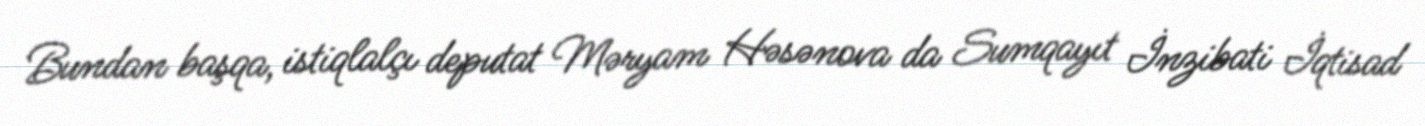
Bundan başqa, istiqlalçı deputat Məryam Həsənova da Sumqayıt İnzibati İqtisad